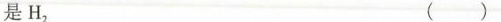
是H_{2} ( )